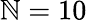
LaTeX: \mathbb{N}=10